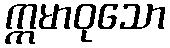
ဣမာဝုသော